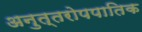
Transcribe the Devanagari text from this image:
अनुत्तरोपपातिक